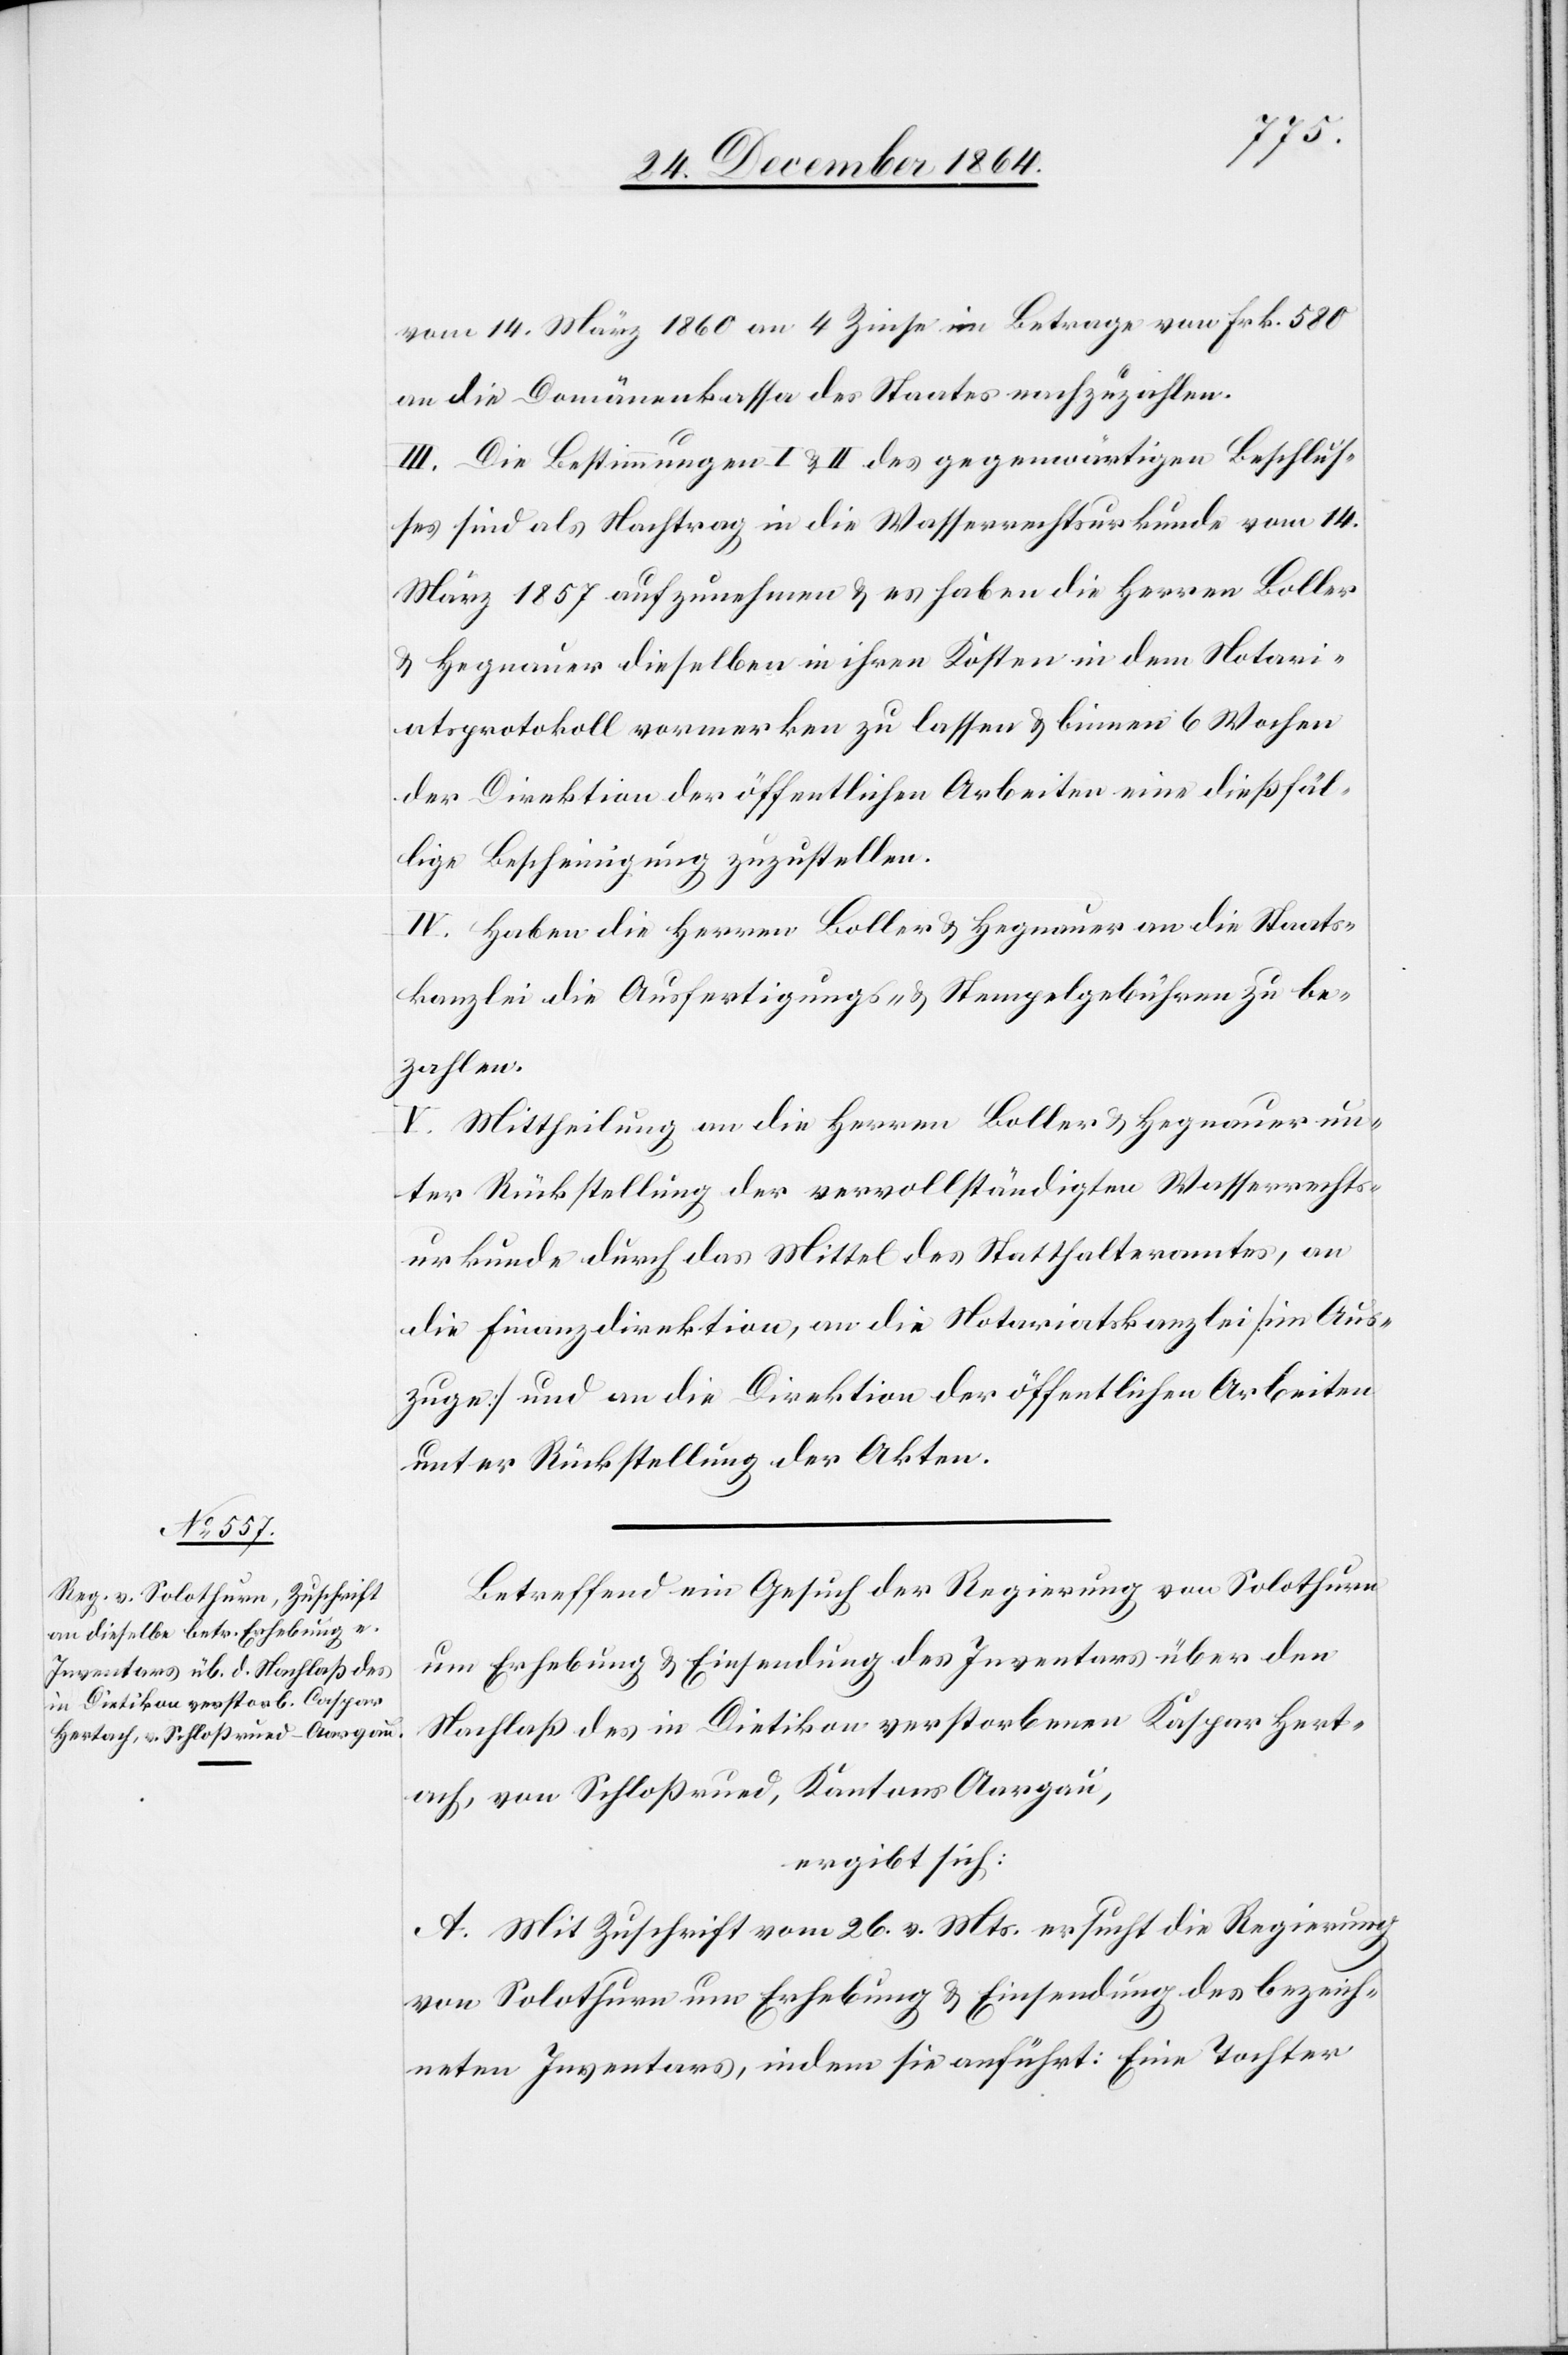
Hert¬
vom 14. März 1860 an 4 Zinse im Betrage von Frk. 580
an die Domänenkassa des Staates nachzuzahlen.
III. Die Bestimmungen I & II des gegenwärtigen Beschlus¬
ses sind als Nachtrag in die Wasserrechtsurkunde vom 14.
März 1857 aufzunehmen & es haben die Herren Boller
& Hegnauer dieselben in ihren Kosten in dem Notari¬
atsprotokoll vormerken zu lassen & binnen 6 Wochen
der Direktion der öffentlichen Arbeiten eine dießfäl¬
lige Bescheinigung zuzustellen.
IV. Haben die Herren Boller & Hegnauer an die Staats¬
kanzlei die Ausfertigungs- & Stempelgebühren zu be¬
zahlen.
V. Mittheilung an die Herren Boller & Hegnauer un¬
ter Rückstellung der vervollständigten Wasserrechts¬
urkunde durch das Mittel des Statthalteramtes, an
die Finanzdirektion, an die Notariatskanzlei [im Aus¬
zuge] und an die Direktion der öffentlichen Arbeiten
unter Rückstellung der Akten.
Betreffend ein Gesuch der Regierung von Solothurn
um Erhebung & Einsendung des Inventars über den
Nachlaß des in Dietikon verstorbenen Kaspar [sic!]
ach, von Schloßried, Kantons Aargau,
ergibt sich:
A. Mit Zuschrift vom 26. v. Mts. ersucht die Regierung
von Solothurn um Erhebung & Einsendung des bezeich¬
neten Inventars, indem sie anführt: Eine Tochter